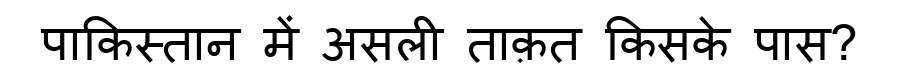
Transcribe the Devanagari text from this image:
पाकिस्तान में असली ताक़त किसके पास?